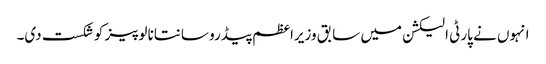
انہوں نے پارٹی الیکشن میں سابق وزیراعظم پیڈرو سانتانا لوپیز کو شکست دی۔